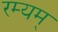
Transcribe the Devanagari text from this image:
रम्यम्